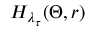
H _ { \lambda _ { \tau } } ( \Theta , r )